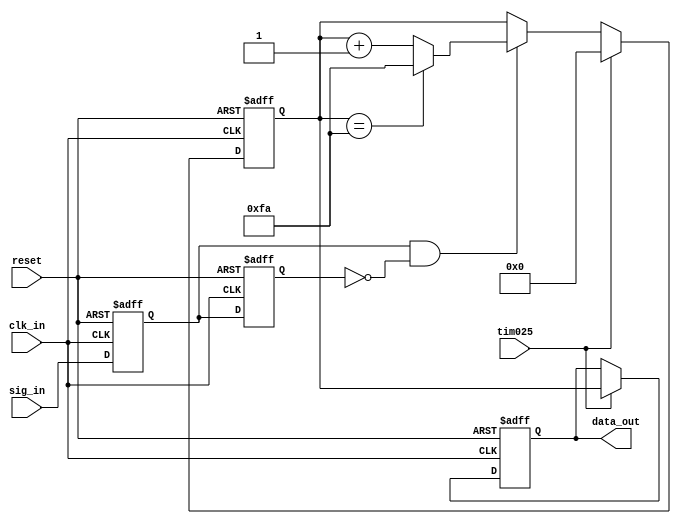
//	setup file time 2018/2/12
//	author <ross1206vii@gmail.com>




module counter
(
	input reset,
	input clk_in,
	input tim025,
	input sig_in,
	
	output reg [7:0] data_out
);


reg [7:0] counter;
reg q1, q2;
reg res;



always @(posedge clk_in or negedge reset)
begin
	if(reset == 1'b0) begin
		q1 <= 1'b0;
		q2 <= 1'b0;
	end
	else begin
		q1 <= sig_in;
		q2 <= q1;
	end
end



always @(*)
begin
	res <= q1 & (~q2);
end


always @(posedge clk_in or negedge reset)
begin
	if(reset == 1'b0) begin
		counter <= 8'b0;
		data_out <= 8'b0;
	end
	else begin
		if(tim025 == 1'b0) begin		// means it is now in period of 0.25s
			if(res == 1'b1) begin
				if(counter == 8'd250) begin
					counter <= 8'd250;	// make a limit of counter
				end
				else begin
					counter <= counter + 8'b1;
				end
			end
		end
		else begin
			data_out <= counter;
			counter <= 8'b0;
		end
	end
end

endmodule